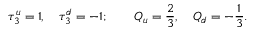
\tau _ { 3 } ^ { u } = 1 , \quad \tau _ { 3 } ^ { d } = - 1 ; \quad \quad Q _ { u } = \frac { 2 } { 3 } , \quad Q _ { d } = - \frac { 1 } { 3 } .